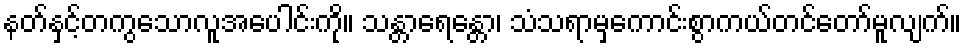
နတ်နှင့်တကွသောလူအပေါင်းကို။ သန္တာရေန္တော၊ သံသရာမှကောင်းစွာကယ်တင်တော်မူလျက်။